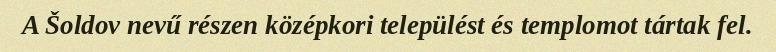
A Šoldov nevű részen középkori települést és templomot tártak fel.